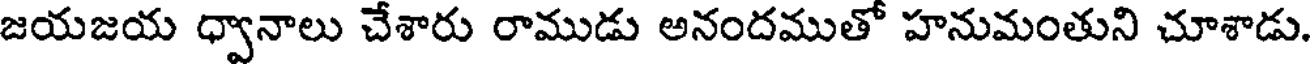
జయజయ ధ్వానాలు చేశారు రాముడు అనందముతో హనుమంతుని చూశాడు.